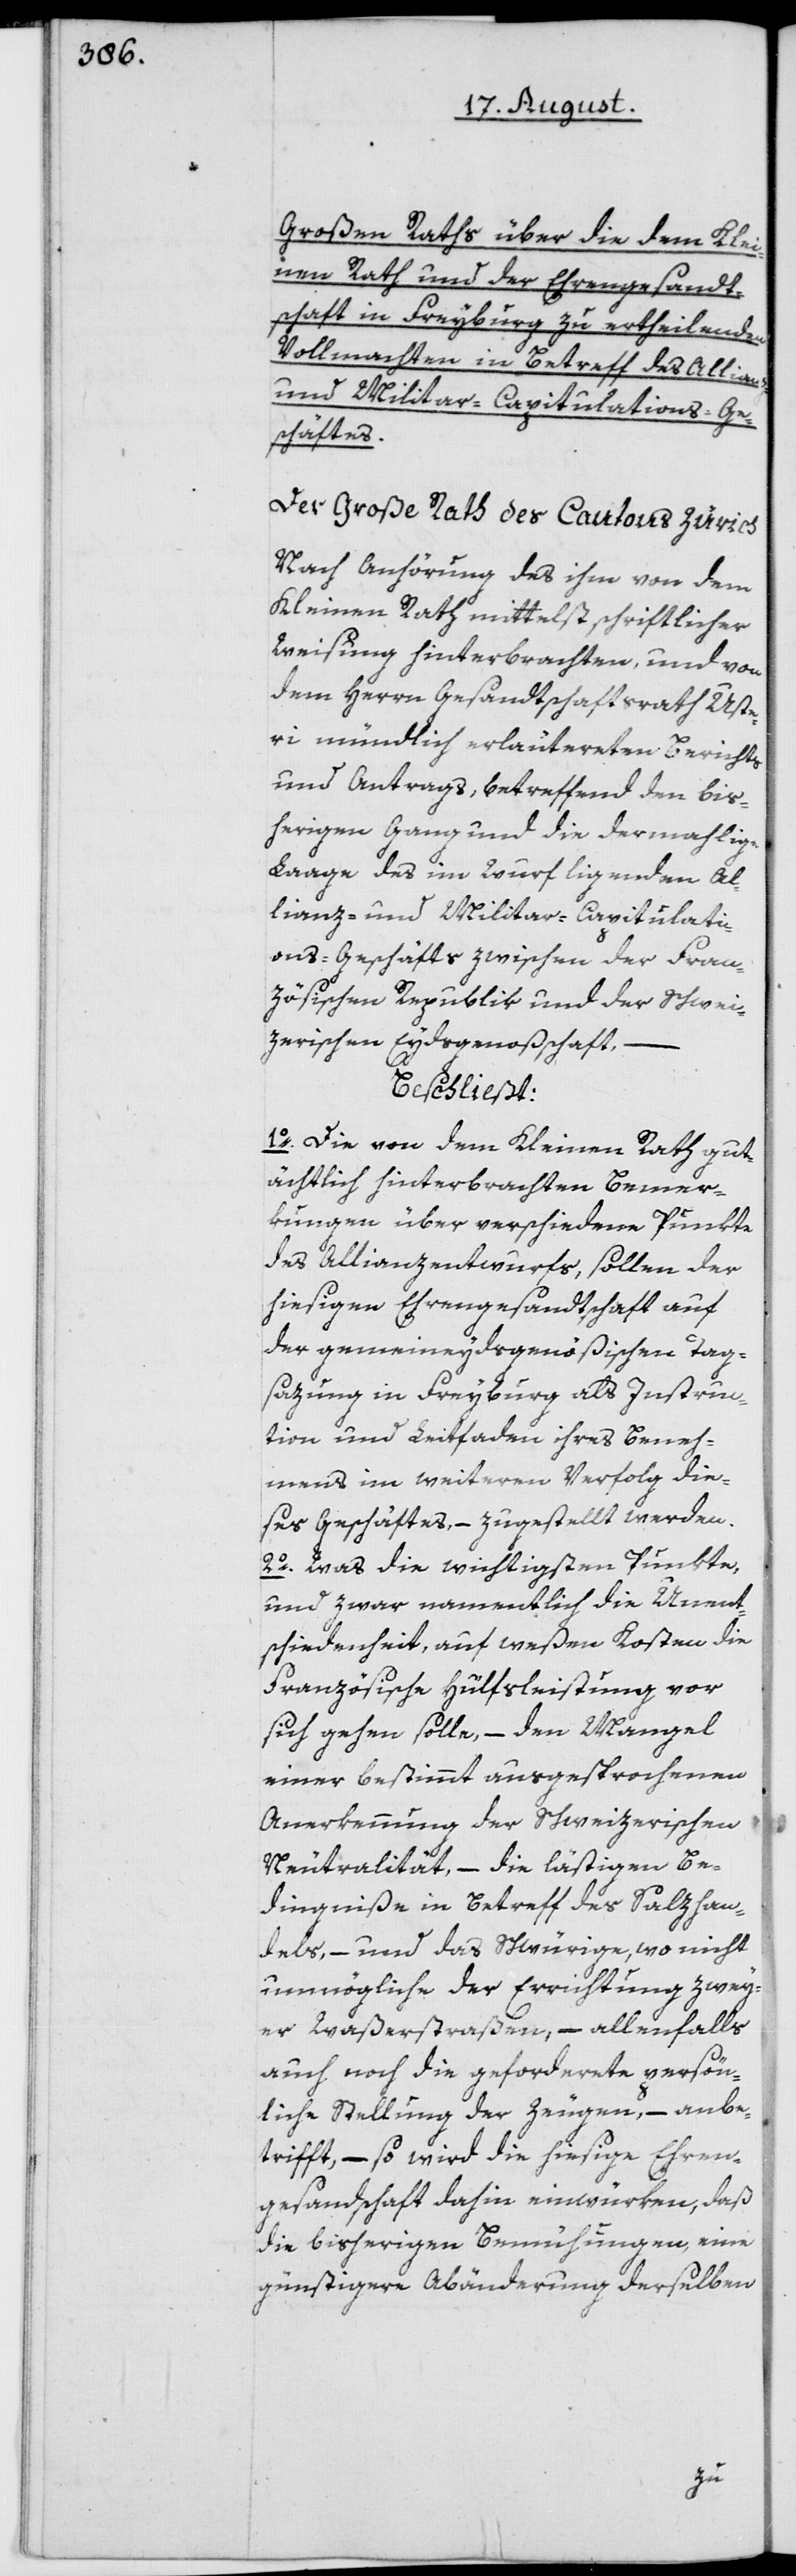
Großen Raths über die dem Klei¬
nen Rath und der Ehrengesandt¬
schaft in Freyburg zu ertheilenden
Vollmachten in Betreff des Allianz-
und Militar-Capitulations-Ge¬
schäftes.
Der Große Rath des Cantons Zürich
Nach Anhörung des ihm von dem
Kleinen Rath mittelst schriftlicher
Weisung hinterbrachten, und von
dem Herrn Gesandtschaftsrath Uste¬
ri mündlich erläutereten Berichts
und Antrags, betreffend den bis¬
herigen Gang und die dermahlige
Laage des im Wurf ligenden Al¬
lianz- und Militar-Capitulati¬
ons-Geschäfts zwischen der Fran¬
zösischen Republik und der Schwei¬
zerischen Eydsgenoßschaft,
beschließt:
1o. Die von dem Kleinen Rath gut¬
ächtlich hinterbrachten Bemer¬
kungen über verschiedene Punkte
des Allianzentwurfs, sollen der
hiesigen Ehrengesandtschaft auf
der gemeineydsgenößischen Tag¬
sazung in Freyburg als Instruc¬
tion und Leitfaden ihres Beneh¬
mens im weiteren Verfolg die¬
ses Geschäftes, – zugestellt werden.
2o. Was die wichtigsten Punkte,
und zwar namentlich die Unent¬
schiedenheit, auf weßen Kosten die
Französische Hülfsleistung vor
sich gehen solle, – den Mangel
einer bestimmt ausgesprochenen
Anerkennung der Schweizerischen
Neutralität, – die lästigen Be¬
dingniße in Betreff des Salzhan¬
dels, – und das Schwürige, wo nicht
unmögliche der Errichtung zwey¬
er Waßerstraßen, – allenfalls
auch noch die geforderete persön¬
liche Stellung der Zeugen, – anbe¬
trifft, – so wird die hiesige Ehren¬
gesandschaft dahin einwürken, daß
die bisherigen Bemühungen, eine
günstigere Abänderung derselben